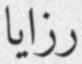
رزايا